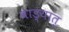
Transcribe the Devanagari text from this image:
वाड्यात्